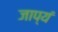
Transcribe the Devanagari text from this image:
जाप्यं